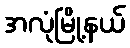
အလုံမြို့နယ်